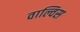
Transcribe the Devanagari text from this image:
वाल्विस